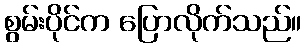
စွမ်းပိုင်က ပြောလိုက်သည်။